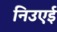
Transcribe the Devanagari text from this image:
निउएई